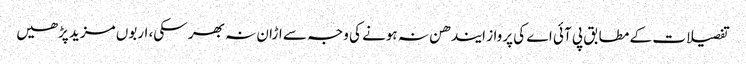
تفصیلات کے مطابق پی آئی اے کی پرواز ایندھن نہ ہونے کی وجہ سے اڑان نہ بھر سکی، اربوں مزید پڑھیں